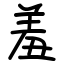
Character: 羞